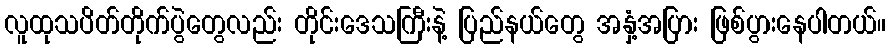
လူထုသပိတ်တိုက်ပွဲတွေလည်း တိုင်းဒေသကြီးနဲ့ ပြည်နယ်တွေ အနှံ့အပြား ဖြစ်ပွားနေပါတယ်။